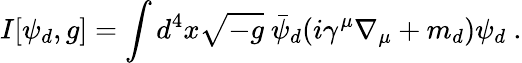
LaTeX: I[\psi_{d},g]=\int d^{4}x\sqrt{-g}~\bar{\psi}_{d}(i\gamma^{\mu}\nabla_{\mu}+m_{d})\psi_{d}~.